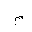
Letter: _mim